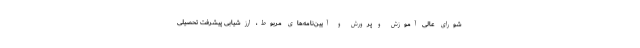
شورای عالی آموزش و پرورش و آیین‌نامه‌های مربوط، ارزشیابی پیشرفت تحصیلی